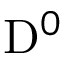
\mathrm { D } ^ { 0 }